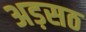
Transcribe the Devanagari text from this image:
अड़सठ